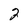
Character: 2